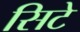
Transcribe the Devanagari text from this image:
सिटे